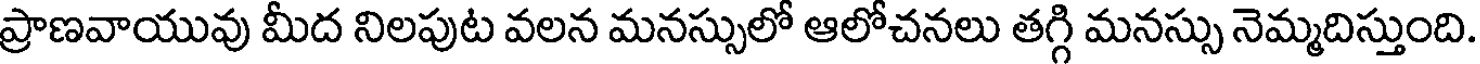
ప్రాణవాయువు మీద నిలపుట వలన మనస్సులో ఆలోచనలు తగ్గి మనస్సు నెమ్మదిస్తుంది